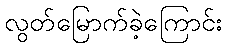
လွတ်မြောက်ခဲ့ကြောင်း